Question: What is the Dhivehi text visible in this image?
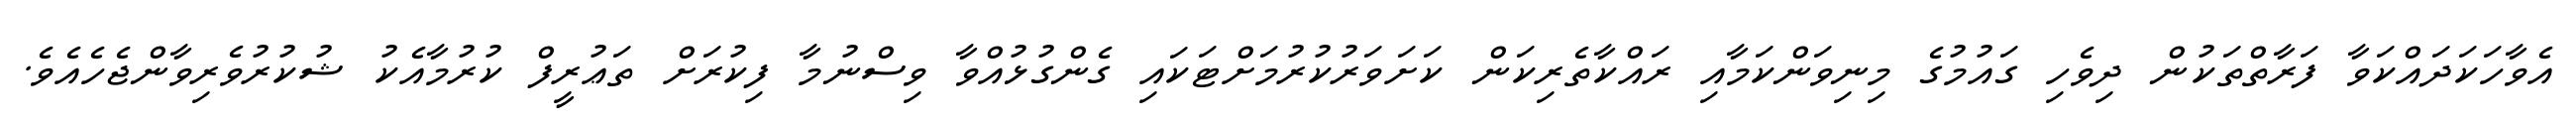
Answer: އެވާހަކަދައްކަވާ ފަރާތްތަކުން ދިވެހި ގައުމުގެ މިނިވަންކަމާއި ރައްކާތެރިކަން ކަށަވަރުކުރުމަށްޓަކައި ގެންގުޅުއްވާ ވިސްނުމާ ފިކުރަށް ތަޢުރީފް ކުރުމާއެކު ޝުކުރުވެރިވާންޖެހެއެވެ.